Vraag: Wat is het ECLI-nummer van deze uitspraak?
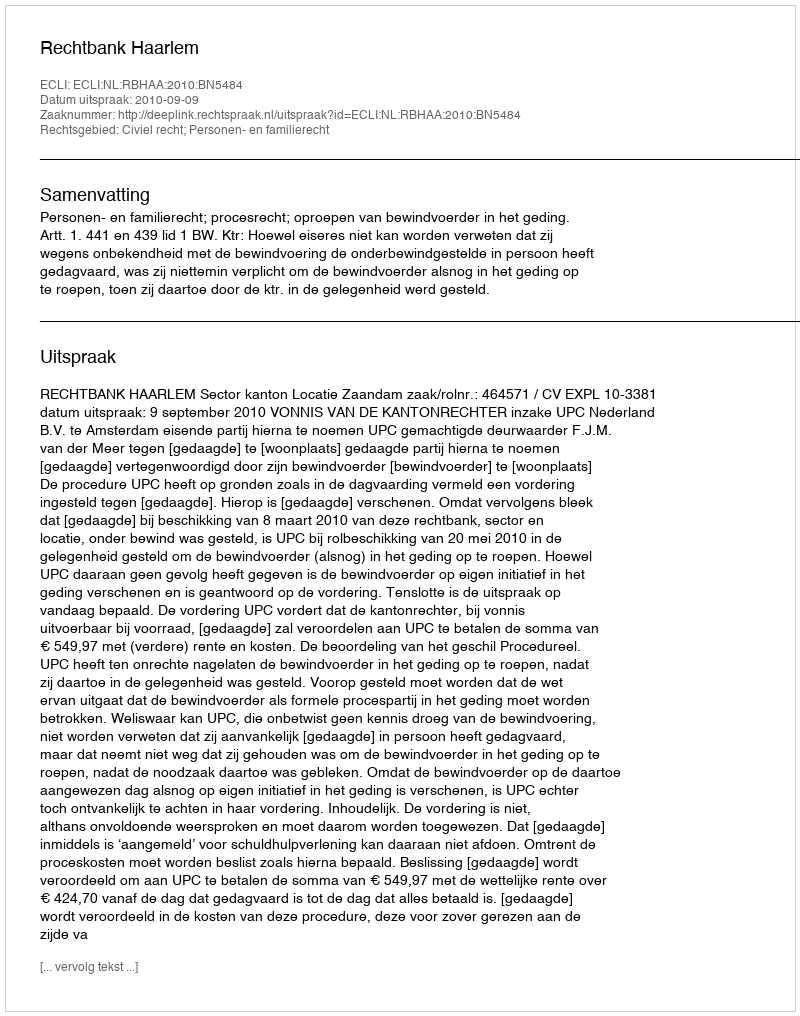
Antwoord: ECLI:NL:RBHAA:2010:BN5484